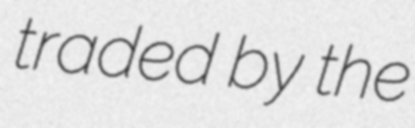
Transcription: traded by the